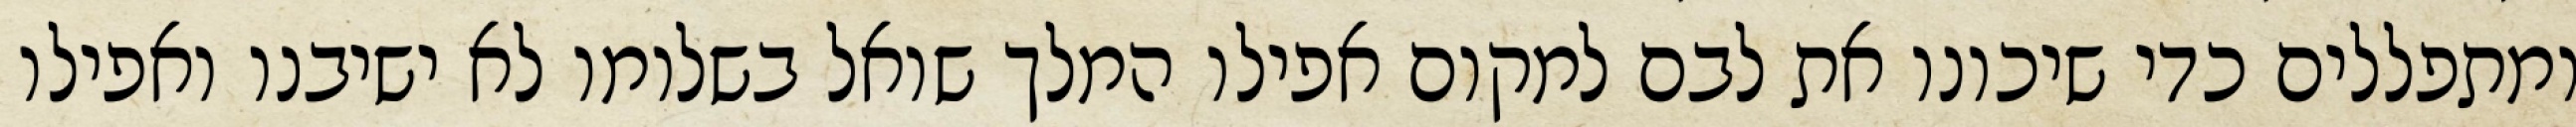
ומתפללים כדי שיכונו את לבם למקום אפילו המלך שואל בשלומו לא ישיבנו ואפילו